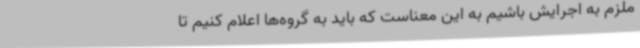
ملزم به اجرایش باشیم به این معناست که باید به گروه‌ها اعلام کنیم تا